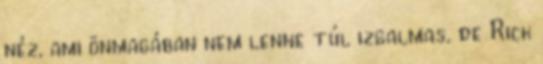
néz, ami önmagában nem lenne túl izgalmas, de Rick